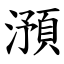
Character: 澦